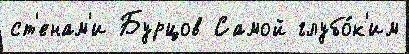
ст'енам'и Бурцов Самой глубо́к'им